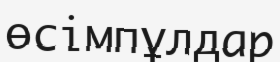
өсімпұлдар